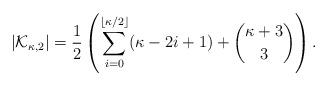
LaTeX: \begin{align*}\left|\mathcal K_{\kappa,2} \right | = \frac12\left (\sum_{i=0}^{\lfloor\kappa/2\rfloor} (\kappa-2i +1) + \binom{\kappa+3}{3}\right ). \end{align*}